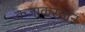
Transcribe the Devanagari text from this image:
कजाकस्तान